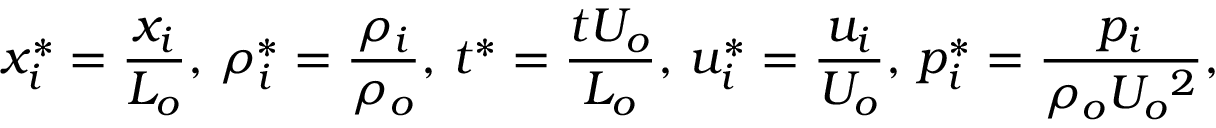
x _ { i } ^ { * } = \frac { x _ { i } } { L _ { o } } , \, \rho _ { i } ^ { * } = \frac { \rho _ { i } } { \rho _ { o } } , \, t ^ { * } = \frac { t U _ { o } } { L _ { o } } , \, u _ { i } ^ { * } = \frac { u _ { i } } { U _ { o } } , \, p _ { i } ^ { * } = \frac { p _ { i } } { \rho _ { o } U _ { o } { ^ 2 } } ,